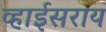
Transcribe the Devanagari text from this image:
व्हाईसराय